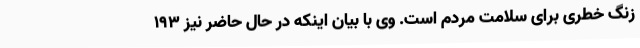
زنگ خطری برای سلامت مردم است. وی با بیان اینکه در حال حاضر نیز 193